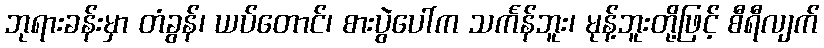
ဘုရားခန်းမှာ တံခွန်၊ ယပ်တောင်၊ စားပွဲပေါ်က သင်္ကန်ဘူး၊ မုန့်ဘူးတို့ဖြင့် စီရီလျက်